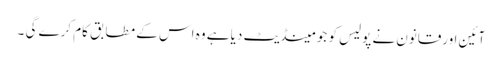
آئین اورقانون نے پولیس کو جو مینڈیٹ دیا ہے وہ اس کے مطابق کام کرے گی ۔